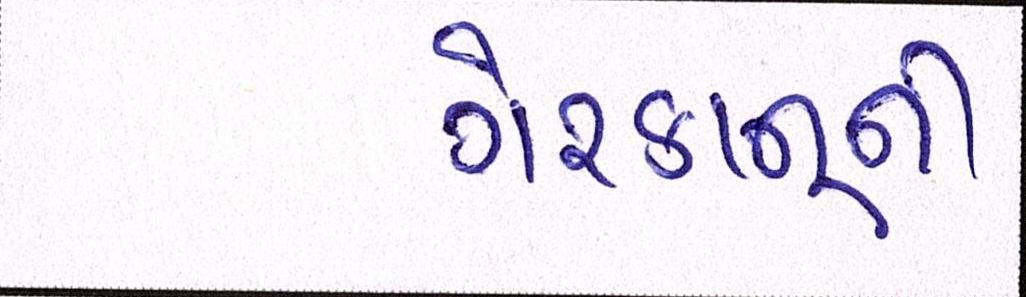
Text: ગેરકાનૂની